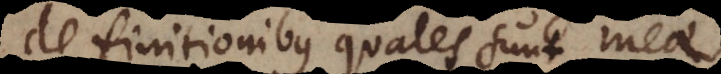
definitionibus quales sunt mea